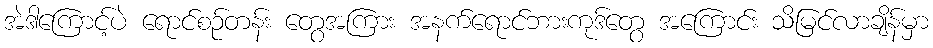
အဲဒါကြောင့်ပဲ ရောင်စဉ်တန်း တွေအကြား အနက်ရောင်ဘားကုဒ်တွေ အကြောင်း သိမြင်လာချိန်မှာ